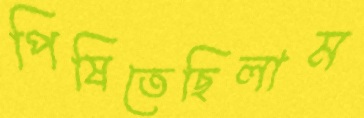
পিষিতেছিলাম